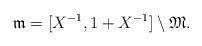
LaTeX: \begin{align*}\mathfrak{m}=[X^{-1},1+X^{-1}]\setminus\mathfrak{M}.\end{align*}